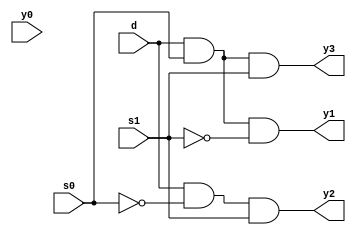
module demux(d,s0,s1,y0,y1,y2,y3);
input d,s0,s1,y0;
output y1,y2,y3;
wire s1bar,s0bar;
not(s1bar,s1);
not(s0bar,s0);
and(y0,d,s0bar,s1bar);
and(y1,d,s0,s1bar);
and(y2,d,s0bar,s1);
and(y3,d,s0,s1);
endmodule